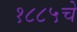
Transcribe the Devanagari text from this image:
१८८५चे